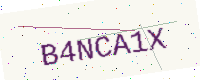
Text: B4NCA1X